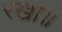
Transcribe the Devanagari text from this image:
रखा॥